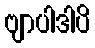
ဗျာပါဒါပိ